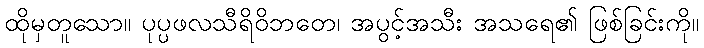
ထိုမှတူသော။ ပုပ္ပဖလသီရိဝိဘတေ၊ အပွင့်အသီး အသရေ၏ ဖြစ်ခြင်းကို။